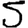
Digit: 5